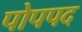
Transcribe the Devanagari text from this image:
पोपपद